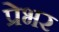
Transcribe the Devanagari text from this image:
प्रेभर